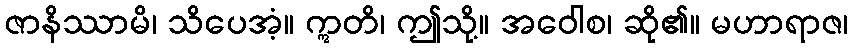
ဇာနိဿာမိ၊ သိပေအံ့။ ဣတိ၊ ဤသို့။ အဝေါစ၊ ဆို၏။ မဟာရာဇ၊